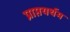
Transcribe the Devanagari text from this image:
प्राप्तयर्थम